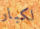
لكبار